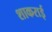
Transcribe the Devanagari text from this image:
शाकराई